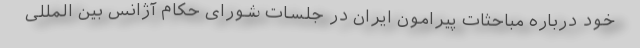
خود درباره مباحثات پیرامون ایران در جلسات شورای حکام آژانس بین المللی